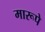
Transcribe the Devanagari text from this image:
मारूपे